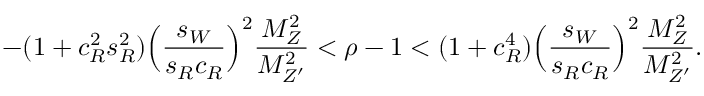
- ( 1 + c _ { R } ^ { 2 } s _ { R } ^ { 2 } ) \Bigl ( \frac { s _ { W } } { s _ { R } c _ { R } } \Bigr ) ^ { 2 } \frac { M _ { Z } ^ { 2 } } { M _ { Z ^ { \prime } } ^ { 2 } } < \rho - 1 < ( 1 + c _ { R } ^ { 4 } ) \Bigl ( \frac { s _ { W } } { s _ { R } c _ { R } } \Bigr ) ^ { 2 } \frac { M _ { Z } ^ { 2 } } { M _ { Z ^ { \prime } } ^ { 2 } } .